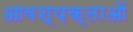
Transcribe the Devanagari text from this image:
आवश्य़क्ताओं